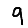
Digit: 9